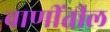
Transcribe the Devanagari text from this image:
वाणींतील